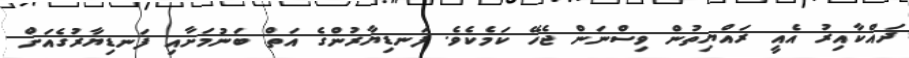
ދައްކާއިރު އެއީ ރައްޔިތުން ވިސްނަން ޖެހޭ ކަމެކެވެ. ފަނޑިޔާރުންގެ އަތް ބަނުމަށާއި ފަނޑިޔާރުގެއަށް